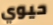
حيوي